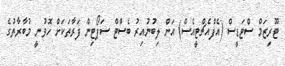
ޓޫރިޒަމް ސްޓަޑީސް (އެފްއެޗްޓީއެސް) އަށް ލިބުނުއިރު ބެސްޓް ސަޕޯޓިން ފަރާތަކަށް ހޮވުނީ މުބާރާތުގެ